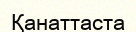
Қанаттаста